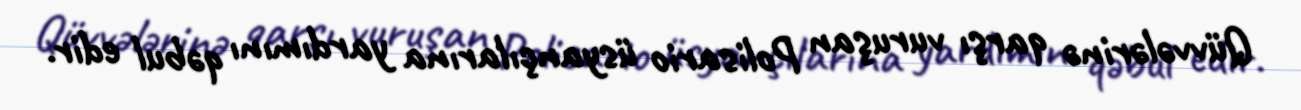
Qüvvələrinə qarşı vuruşan Polisario üsyançılarına yardımını qəbul edir.